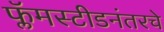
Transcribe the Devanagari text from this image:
फ्लॅमस्टीडनंतरचे